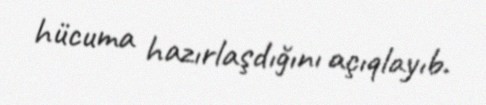
hücuma hazırlaşdığını açıqlayıb.